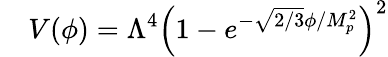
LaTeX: \quad V(\phi)=\Lambda^{4}\left(1-e^{-{\sqrt{2/3}}\phi/M_{p}^{2}}\right)^{2}